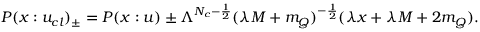
P ( x : u _ { c l } ) _ { \pm } = P ( x : u ) \pm \Lambda ^ { N _ { c } - \frac { 1 } { 2 } } { ( \lambda M + m _ { Q } ) } ^ { - \frac { 1 } { 2 } } ( \lambda x + \lambda M + 2 m _ { Q } ) .